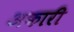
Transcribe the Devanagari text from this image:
अकारी